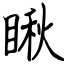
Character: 瞅